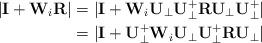
LaTeX: \begin{align*}|{\bf I}+{\bf W}_i{\bf R}| &= |{\bf I}+{\bf W}_i{\bf U}_{\bot} {\bf U}_{\bot}^+{\bf R}{\bf U}_{\bot} {\bf U}_{\bot}^+| \\&= |{\bf I}+{\bf U}_{\bot}^+{\bf W}_i{\bf U}_{\bot} {\bf U}_{\bot}^+{\bf R}{\bf U}_{\bot}|\end{align*}